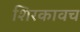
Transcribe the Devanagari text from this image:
शिरकावच